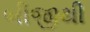
બીજીથી